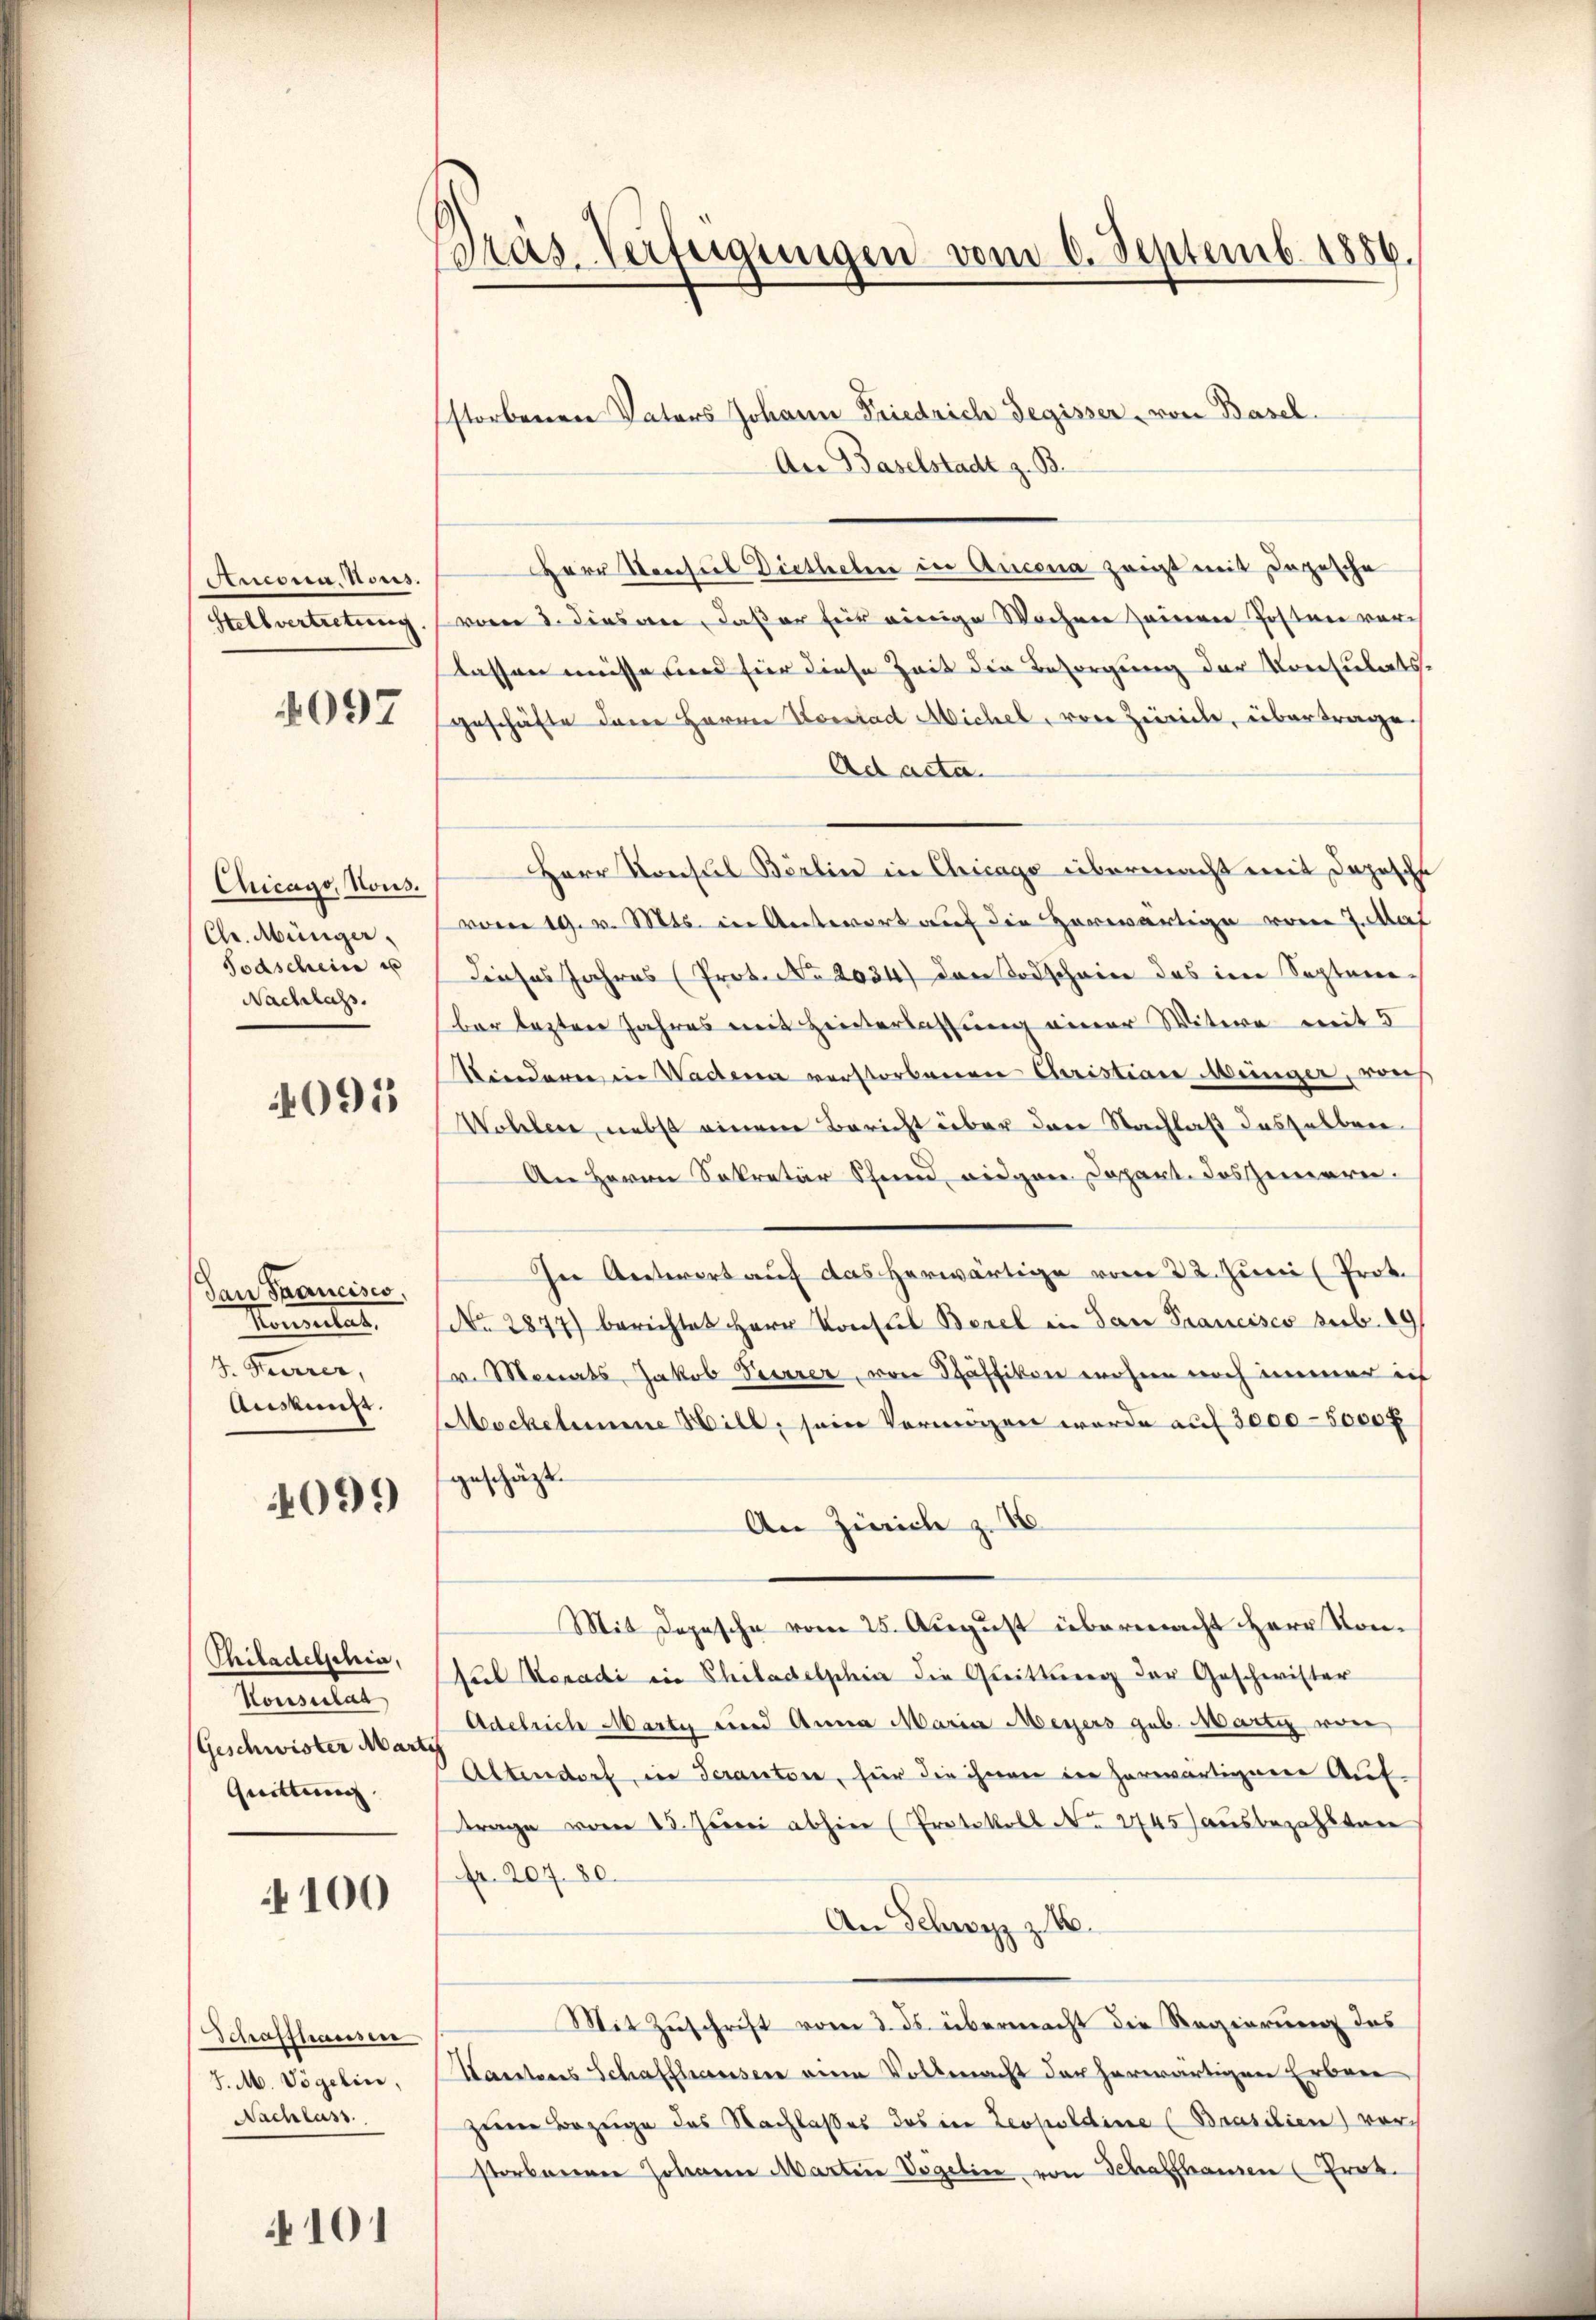
Senators.

4097

Chicago, Nous.
Chr. Münger.
Todschein e
Nachlass.

4095

dan Francisco,
Kommentar
4. Furrer,
Auskunft.

4099

Thiladelschia,
Konsulat
(Geschwister Marti
Quittung.

100

Schaffhausen
J. M. Vögelin,
Nachlas

101

Gräs. Verfügungen vom 6. Septemb. 1886.

storbenen Vaters Johann Friedrich Regisser, von Basel.
An Baselstadt z. B.
Herr Vorsich Dietheten in Ancona zeigt mit Depesche
Stellvertretung. (vom 2. diesene, daßer für einige Wochen seinen Posten vor
lassen müsse und für diese Zeit die Besorgung der Konsulats-
geschäfte dann Herrn Vorstad Michel, von Zürich, übertrage.
Ad acta.
Herr Konsul Börlin in Chicago übermacht mit Jahrsche
vom 19. v. Mts. in Antwort auf die herwärtige vor 7. Mat
Dieses Jahres (Prot. No. 2034) das Todschaine das im Septem-
ber lezten Jahres mit Hinterlassung einer Witwe mit 5
Kindern in Waderen verstorbenen Christian Münger, raus
Wohlere, nebst einem Bericht über den Nachlaß dasselben
An Herrn Sekretär Schend, wiegen Depart. des einerei.
Ie Aesterort auf das herwärtige vom 22. Juni (Prot.
No 2877) berichtet Herr Konsul Bezel in dan Prancisco sub. 19
v. Monats Jakob Perrer, von Schäffikon wohne noch immer ich
Mockelemene Will, sein Vermögen wurde auf 3000-5000 f
geschäft
An Zürich z.
Mit Depesche vom 25. August übermacht Herr Kon¬
Sul Veradi in Philadelphia die Gleittung der Geschwister
Adelrich Marty und Anna Maria Meyers geb. Martig von
Altendorf, in Teranton, für die ihnen der herwärtigenen Auftrage vom 23. Juni abhin (Protokoll No 2745) ausbezahlten
fr. 207. 80.
An Schwyz z. B.
Mit Zuschrift vom 3. ds. übermacht die Regierung des
Kantones Schaffhausen eine Vollmacht der herwärtigen Erbare
zum Bezuge des Nachlasses das in Leopoldine (Brasilien) vorstorbenen Johann Martine Vögelin von Schaffhausen (Prok.